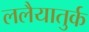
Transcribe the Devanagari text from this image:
ललैयातुर्क